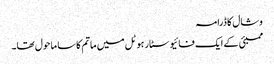
وشال کا ڈرامہ
ممبئی کے ایک فائیو سٹار ہوٹل میں ماتم کا سا ماحول تھا۔